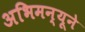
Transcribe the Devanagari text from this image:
अभिमन्यूने